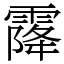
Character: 𩄐